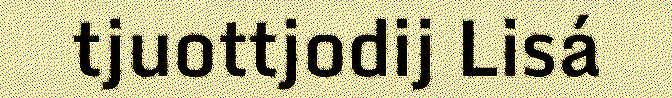
tjuottjodij Lisá